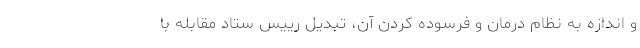
و اندازه به نظام درمان و فرسوده کردن آن، تبدیل رییس ستاد مقابله با